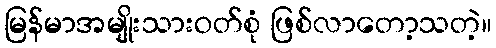
မြန်မာအမျိုးသားဝတ်စုံ ဖြစ်လာတော့သတဲ့။